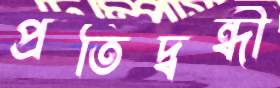
প্রতিদ্বন্ধী